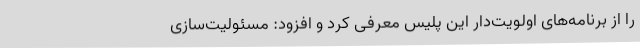
را از برنامه‌های اولویت‌دار این پلیس معرفی کرد و افزود: مسئولیت‌سازی